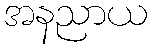
အနညာယ